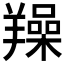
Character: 𦏛